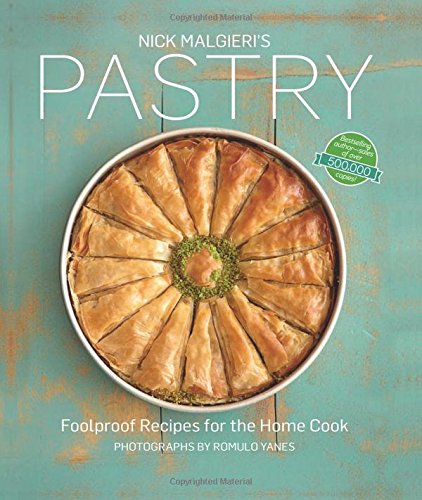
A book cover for Nick Malgieri's Pastry: Foolproof Recipes for the Home Cook; Nick Malgieri; Cookbooks, Food & Wine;